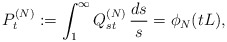
\begin{align*} P_t^{(N)}:= \int_{1}^\infty Q^{(N)}_{st} \, \frac{ds}{s} = \phi_N(tL),\end{align*}